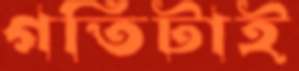
গতিটাই